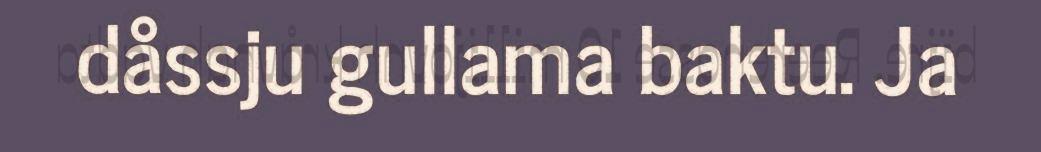
dåssju gullama baktu. Ja